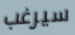
سيرغب